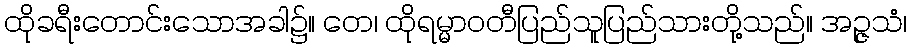
ထိုခရီးတောင်းသောအခါ၌။ တေ၊ ထိုရမ္မာဝတီပြည်သူပြည်သားတို့သည်။ အဉ္ဇသံ၊